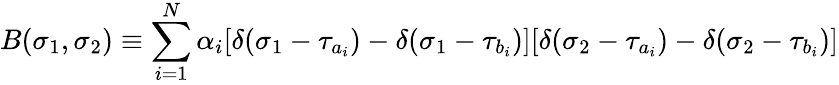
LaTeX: B(\sigma_{1},\sigma_{2})\equiv\sum_{i=1}^{N}\alpha_{i}[\delta(\sigma_{1}-\tau_{a_{i}})-\delta(\sigma_{1}-\tau_{b_{i}})][\delta(\sigma_{2}-\tau_{a_{i}})-\delta(\sigma_{2}-\tau_{b_{i}})]